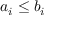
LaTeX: a _ { i } \leq b _ { i }